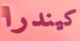
كيندرا